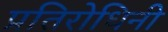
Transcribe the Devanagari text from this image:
प्रतिरोधिनी